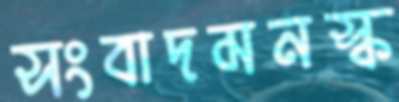
সংবাদমনস্ক